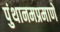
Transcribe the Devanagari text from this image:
पुंथानमप्रमाणे